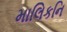
માલિકનિ